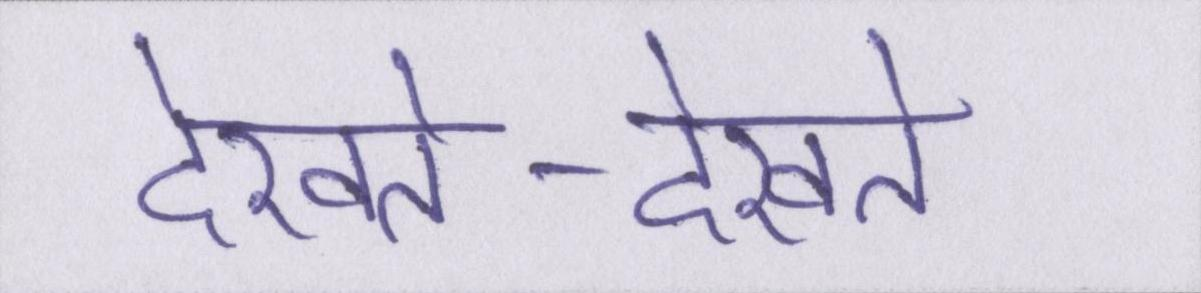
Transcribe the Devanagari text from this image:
देखते-देखते